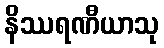
နိဿရဏီယာသု